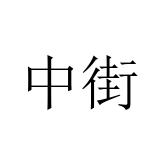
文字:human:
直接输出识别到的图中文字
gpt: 中街